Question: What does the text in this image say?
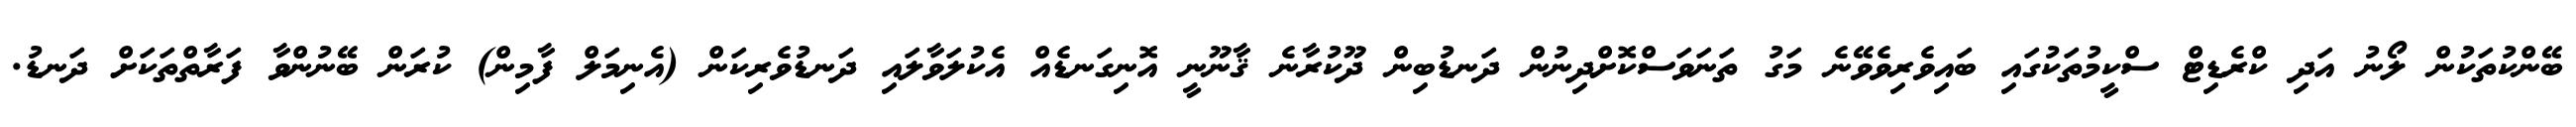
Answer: ބޭންކުތަކުން ލޯނު އަދި ކްރެޑިޓް ސްކީމުތަކުގައި ބައިވެރިވެވޭނެ މަގު ތަނަވަސްކޮށްދިނުން ދަނޑުބިން ދޫކުރާނެ ޤާނޫނީ އޮނިގަނޑެއް އެކުލަވާލައި ދަނޑުވެރިކަން (އެނިމަލް ފާމިން) ކުރަން ބޭނުންވާ ފަރާތްތަކަށް ދަނޑު.